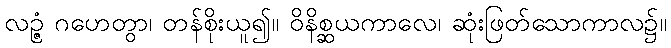
လဉ္ဇံ ဂဟေတွာ၊ တန်စိုးယူ၍။ ဝိနိစ္ဆယကာလေ၊ ဆုံးဖြတ်သောကာလ၌။